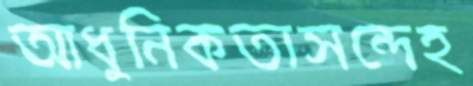
আধুনিকতাসন্দেহ